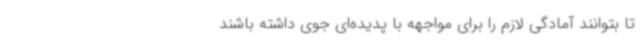
تا بتوانند آمادگی لازم را برای مواجهه با پدیده‌ای جوی داشته باشند